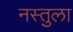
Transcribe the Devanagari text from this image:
नस्तुला